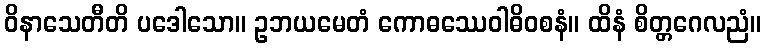
ဝိနာသေတီတိ ပဒေါသော။ ဥဘယမေတံ ကောဓဿေဝါဓိဝစနံ။ ထိနံ စိတ္တဂေလညံ။